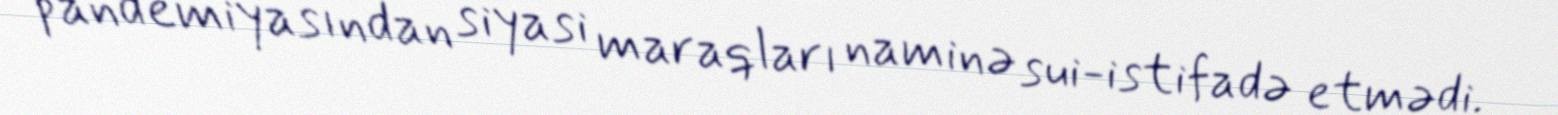
pandemiyasından siyasi maraqları naminə sui-istifadə etmədi.